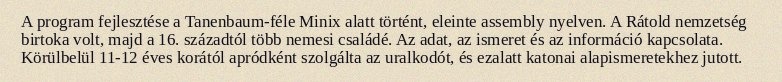
A program fejlesztése a Tanenbaum-féle Minix alatt történt, eleinte assembly nyelven. A Rátold nemzetség birtoka volt, majd a 16. századtól több nemesi családé. Az adat, az ismeret és az információ kapcsolata. Körülbelül 11-12 éves korától apródként szolgálta az uralkodót, és ezalatt katonai alapismeretekhez jutott.